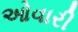
ઓવારી